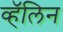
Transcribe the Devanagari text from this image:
व्हॅलिन